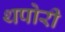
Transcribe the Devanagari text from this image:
थपोरी